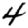
Digit: 4